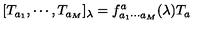
[ T _ { a _ { 1 } } , \cdots , T _ { a _ { M } } ] _ { \lambda } = f _ { a _ { 1 } \cdots a _ { M } } ^ { a } ( \lambda ) T _ { a }